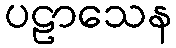
ပဠာသေန